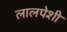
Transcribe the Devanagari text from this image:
लालपेशी